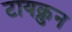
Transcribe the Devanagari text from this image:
टायक्रुन